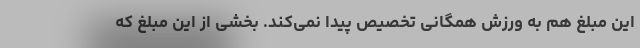
این مبلغ هم به ورزش همگانی تخصیص پیدا نمی‌کند. بخشی از این مبلغ که